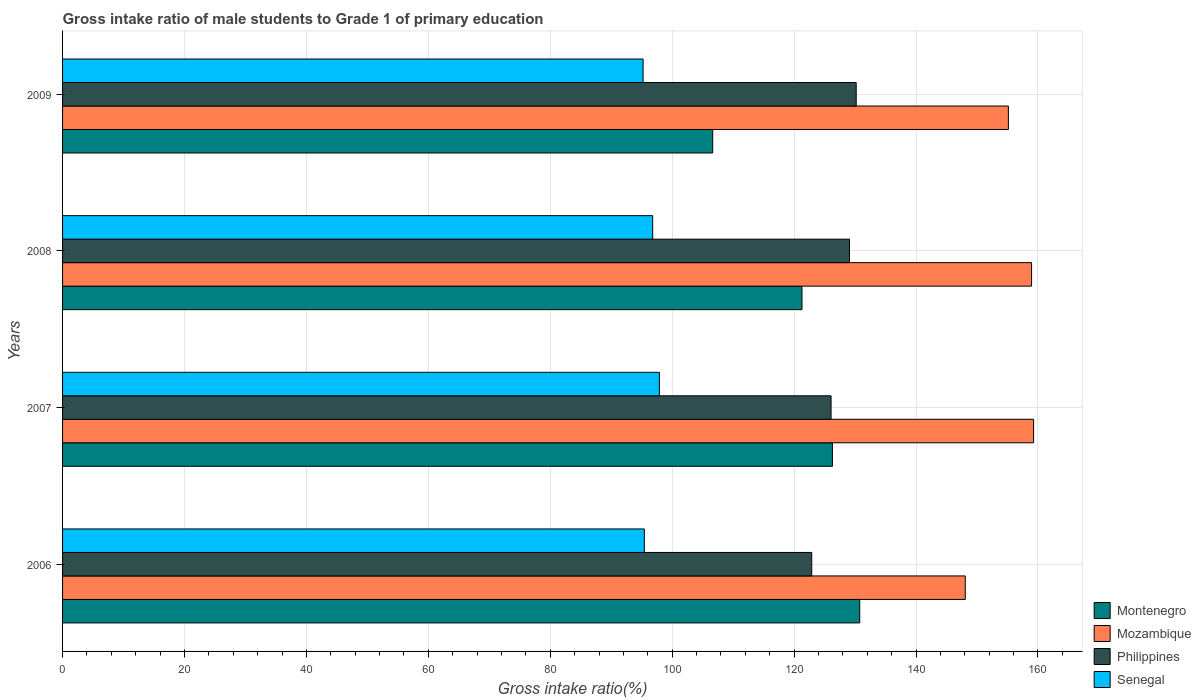
| Years | Montenegro | Mozambique | Philippines | Senegal |
 | --- | --- | --- | --- | --- |
 | 2006 | 131 | 148 | 123 | 95.4 |
 | 2007 | 126 | 159 | 126 | 97.9 |
 | 2008 | 121 | 159 | 129 | 96.8 |
 | 2009 | 107 | 155 | 130 | 95.2 |